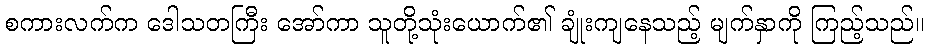
စကားလက်က ဒေါသတကြီး အော်ကာ သူတို့သုံးယောက်၏ ချုံးကျနေသည့် မျက်နှာကို ကြည့်သည်။